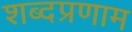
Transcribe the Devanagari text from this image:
शब्दप्रणाम